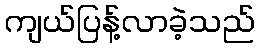
ကျယ်ပြန့်လာခဲ့သည်